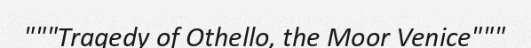
"""Tragedy of Othello, the Moor Venice"""